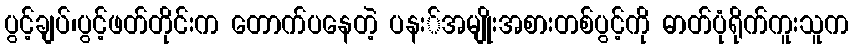
ပွင့်ချပ်၊ပွင့်ဖတ်တိုင်းက တောက်ပနေတဲ့ ပနး်အမျိုးအစားတစ်ပွင့်ကို ဓာတ်ပုံရိုက်ကူးသူက